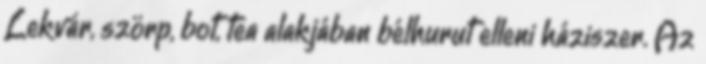
Lekvár, szörp, bot, tea alakjában bélhurut elleni háziszer. Az